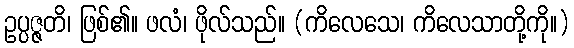
ဥပ္ပဇ္ဇတိ၊ ဖြစ်၏။ ဖလံ၊ ဖိုလ်သည်။ (ကိလေသေ၊ ကိလေသာတို့ကို။)